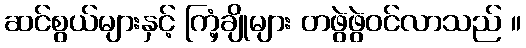
ဆင်စွယ်များနှင့် ကြံ့ချိုများ တဖွဲဖွဲဝင်လာသည် ။